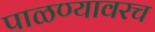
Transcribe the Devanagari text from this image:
पाळण्यावरच